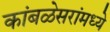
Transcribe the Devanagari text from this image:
कांबळेसरांमध्ये